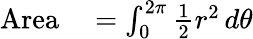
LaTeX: \begin{array}{rl}{\mathrm{Area}}&{{}{}=\int_{0}^{2\pi}{\frac{1}{2}}r^{2}\, d\theta}\end{array}